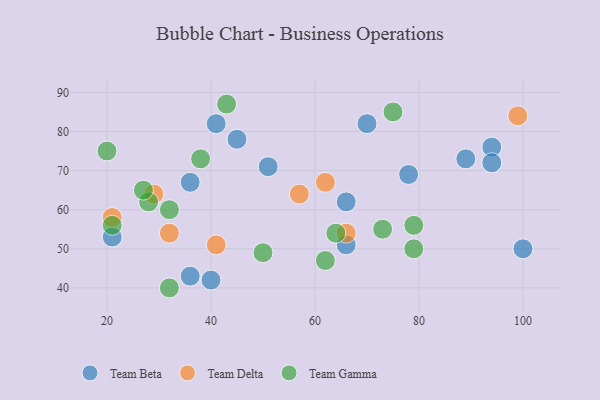
{"axis": {"x": "GDP", "y": "Life Expectancy"}, "legend": ["Team Beta", "Team Delta", "Team Gamma"], "data": [{"x": "51", "y": 71, "type": "Team Beta"}, {"x": "40", "y": 42, "type": "Team Beta"}, {"x": "41", "y": 82, "type": "Team Beta"}, {"x": "45", "y": 78, "type": "Team Beta"}, {"x": "94", "y": 76, "type": "Team Beta"}, {"x": "100", "y": 50, "type": "Team Beta"}, {"x": "89", "y": 73, "type": "Team Beta"}, {"x": "66", "y": 62, "type": "Team Beta"}, {"x": "70", "y": 82, "type": "Team Beta"}, {"x": "36", "y": 67, "type": "Team Beta"}, {"x": "66", "y": 51, "type": "Team Beta"}, {"x": "78", "y": 69, "type": "Team Beta"}, {"x": "21", "y": 53, "type": "Team Beta"}, {"x": "36", "y": 43, "type": "Team Beta"}, {"x": "94", "y": 72, "type": "Team Beta"}, {"x": "66", "y": 54, "type": "Team Delta"}, {"x": "41", "y": 51, "type": "Team Delta"}, {"x": "32", "y": 54, "type": "Team Delta"}, {"x": "21", "y": 58, "type": "Team Delta"}, {"x": "99", "y": 84, "type": "Team Delta"}, {"x": "62", "y": 67, "type": "Team Delta"}, {"x": "57", "y": 64, "type": "Team Delta"}, {"x": "29", "y": 64, "type": "Team Delta"}, {"x": "73", "y": 55, "type": "Team Gamma"}, {"x": "43", "y": 87, "type": "Team Gamma"}, {"x": "38", "y": 73, "type": "Team Gamma"}, {"x": "28", "y": 62, "type": "Team Gamma"}, {"x": "75", "y": 85, "type": "Team Gamma"}, {"x": "21", "y": 56, "type": "Team Gamma"}, {"x": "64", "y": 54, "type": "Team Gamma"}, {"x": "50", "y": 49, "type": "Team Gamma"}, {"x": "62", "y": 47, "type": "Team Gamma"}, {"x": "79", "y": 56, "type": "Team Gamma"}, {"x": "79", "y": 50, "type": "Team Gamma"}, {"x": "32", "y": 40, "type": "Team Gamma"}, {"x": "32", "y": 60, "type": "Team Gamma"}, {"x": "27", "y": 65, "type": "Team Gamma"}, {"x": "20", "y": 75, "type": "Team Gamma"}]}